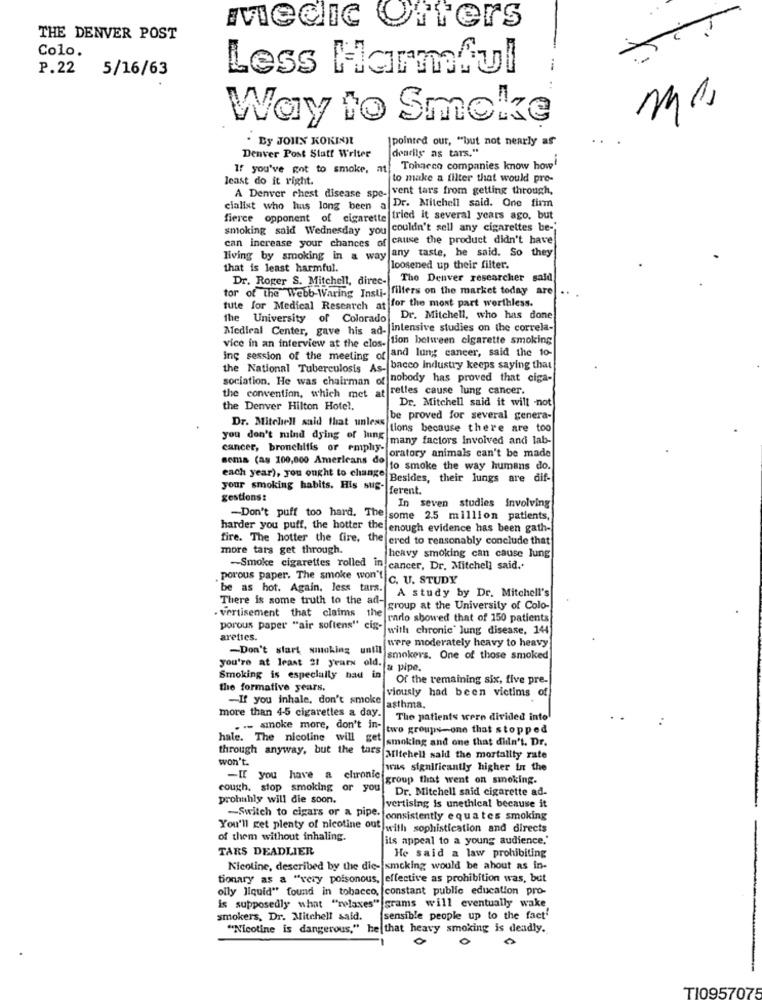
medic Offers
THE DENVER POST
Colo.
P.22
5/16/63
Less Harmful
Way to Smoke
. By JOHN KOKINNL
[pointed out, "but not nearly as
Denver Post Staff Writer
dearile as tars."
If you've got to smoke, at! Toharco companies know how'
least do it right.
to make a filter that would pre-
A Denver chest disease spe- vent tars from getting through,
Dr. Mitchell said. One firm
cialist who has long been a
fierce opponent of cigarette tried it several years ago, but
smoking said Wednesday you couldn't sell any cigarettes be-
can increase your chances of cause the product didn't have
living by smoking in a way any taste, he said. So they
that is least harmful.
loosened up their filter.
Dr. Roger S. Mitchell, direc-
The Denver researcher said
tor of the Webb-Waring Insti- filters on the market today are
tute for Medical Research at for the most part worthless.
the University of Colorado Dr. Mitchell, who has done
Medical Center, gave his ad- intensive studies on the correla-
vice in an interview at the clos- tion between cigarette smoking
ing session of the meeting of and lung cancer, said the 10-
the National Tuberculosis As- bacco industry keeps saying that
sociation. He was chairman of nobody has proved that ciga-
rettes cause lung cancer.
the convention, which met at
Dr. Mitchell said it will not
the Denver Hilton Hotel.
be proved for several genera-
Dr. Mitchell said that unless
tions because there are too
you don't mind dying of lung
many factors Involved and lab-
cancer, bronchitis or emphy-
oratory animals can't be made
sema (as 100,000 Americans do to smoke the way humans do.
each year), you ought to change Besides, their lungs are dif-
your smoking habits. His sus-
ferent.
gestions:
In seven studies involving
-Don't puff too hard. The some 2.5 million patients,
harder you puff, the hotter the enough evidence has been gath-
fire. The hotter the fire, the ered to reasonably conclude that
more tars get through.
heavy smoking can cause lung
-Smoke cigarettes rolled in cancer, Dr. Mitchell said."
. porous paper. The smoke won"" c. U. STUDY
be as hot. Again, less tars.
A study by Dr. Mitchell's
There is some truth to the ad-
group at the University of Colo-
. vertisement that claims the
radio showed that of 150 patients
porous paper "air softens" cig-
"with chronic" lung disease, 144
arettes.
-Don't start smoking until
were moderately heavy to heavy
you're at least 21 years old.
smokers. One of those smoked
& pipe.
Smoking is especially had in
Of the remaining six, five pre-
the formafive years.
viously had been victims of
-If you inhale, don't smoke
more than 4-5 cigarettes a day.
asthma.
The patients were divided into
. -- smoke more, don't in-
two groups-one that stopped
hale. The nicotine will get smoking and one that didn't. Dr.
through anyway, but the tars
won't.
Mitchell said the mortality rate
was significantly higher in the
-If you have a elironic
Cgroup that went on smoking.
cough, stop smoking or you"
Dr. Mitchell said cigarette ad-
prohuhly will die soon.
vertising is unethical because it
-Switch to cigars or a pipe- consistently equates smoking
You'll get plenty of nicotine out with sophistication and directs
of them without inhaling.
its appeal to a young audience.
TÅRS DEADLIER
He said a law prohibiting
Nicoline, described by the die- smoking would be ahout as in-
tionary as a "very poisonous, effective as prohibition was, but
olly liquid" found in tobacco, [constant public education pro-
is supposedly what "relaxes" grams will eventually wake
smokers, Dr. Mitchell said.
sensible people up to the fact'
"Nicotine is dangerous," he that heavy smoking is deadly.
0
TI095707